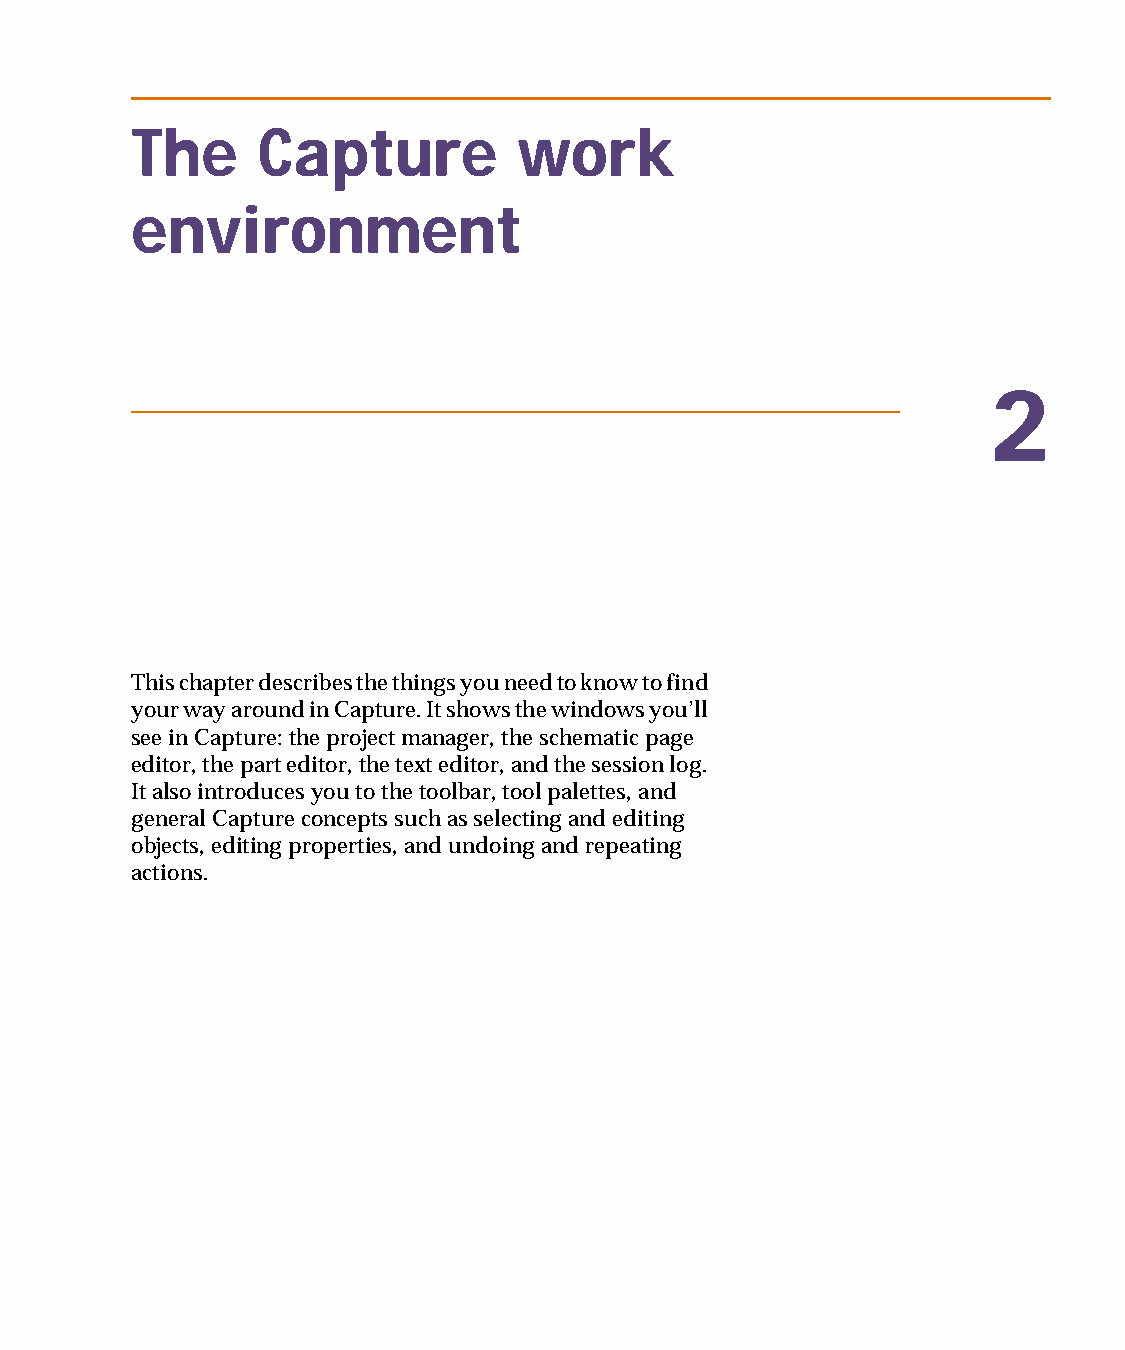
capug.book Page 5 Thursday, November 12, 1998 3:38 PM
 The     Capture          work
 environment
 2
 This chapter describes the things you need to know to find
 your way around in Capture. It shows the windows you’ll
 see in Capture: the project manager, the schematic page
 editor, the part editor, the text editor, and the session log.
 It also introduces you to the toolbar, tool palettes, and
 general Capture concepts such as selecting and editing
 objects, editing properties, and undoing and repeating
 actions.